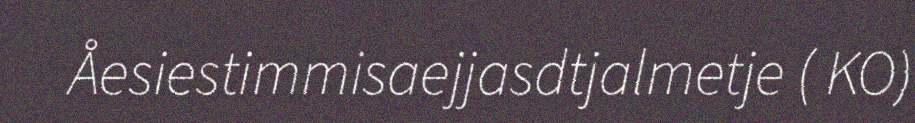
Åesiestimmisaejjasdtjalmetje ( KO)